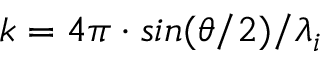
k = 4 \pi \cdot s i n ( \theta / 2 ) / \lambda _ { i }